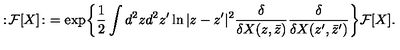
: \! { \cal F } [ X ] \! : \ = \exp \biggl \{ \frac { 1 } { 2 } \int d ^ { 2 } z d ^ { 2 } z ^ { \prime } \ln | z - z ^ { \prime } | ^ { 2 } \frac { \delta } { \delta X ( z , \bar { z } ) } \frac { \delta } { \delta X ( z ^ { \prime } , \bar { z } ^ { \prime } ) } \biggr \} { \cal F } [ X ] .